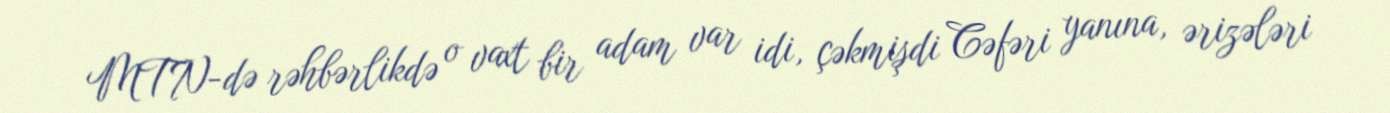
MTN-də rəhbərlikdə o vaxt bir adam var idi, çəkmişdi Cəfəri yanına, ərizələri